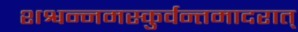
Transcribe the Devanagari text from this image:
शश्वन्नमस्कुर्वन्तमादरात्